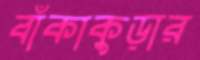
বাঁকাকুড়ার